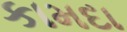
કામદા